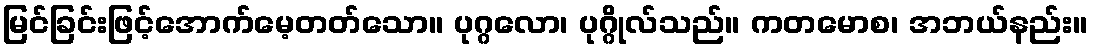
မြင်ခြင်းဖြင့်အောက်မေ့တတ်သော။ ပုဂ္ဂလော၊ ပုဂ္ဂိုလ်သည်။ ကတမောစ၊ အဘယ်နည်း။